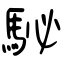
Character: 駜